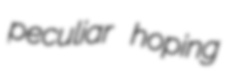
peculiar hoping